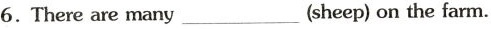
6. There are many ___ (sheep) on the farm.